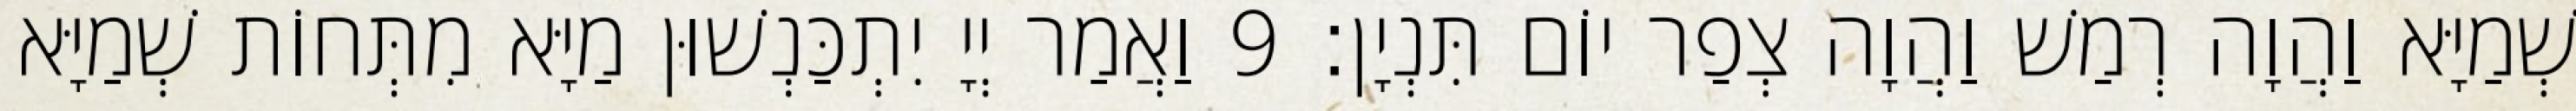
שְׁמַיָּא וַהֲוָה רְמַשׁ וַהֲוָה צְפַר יוֹם תִּנְיָן׃ 9 וַאֲמַר יְיָ יִתְכַּנְשׁוּן מַיָּא מִתְּחוֹת שְׁמַיָּא